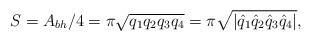
LaTeX: \begin{align*}S=A_{bh}/4=\pi \sqrt{q_1 q_2 q_3 q_4}=\pi \sqrt{|\hat q_1 \hat q_2\hat q_3 \hat q_4|},\end{align*}